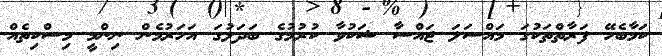
ކަމާބެހޭ ފަރާތްތަކުގަ މައްސަލަ ޖައްސާ ޝަކުވާ ކުރުމުގެ ބަދަލުގަ އަހަރުމެން ނިންމީ މިސްކިތެއް